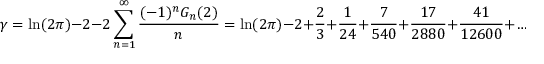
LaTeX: \gamma = \ln ( 2 \pi ) - 2 - 2 \sum _ { n = 1 } ^ { \infty } { \frac { ( - 1 ) ^ { n } G _ { n } ( 2 ) } { n } } = \ln ( 2 \pi ) - 2 + { \frac { 2 } { 3 } } + { \frac { 1 } { 2 4 } } + { \frac { 7 } { 5 4 0 } } + { \frac { 1 7 } { 2 8 8 0 } } + { \frac { 4 1 } { 1 2 6 0 0 } } + \ldots